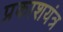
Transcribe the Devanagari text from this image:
प्रकाशयंत्र